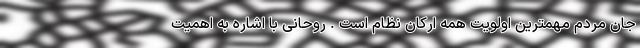
جان مردم مهمترین اولویت همه ارکان نظام است . روحانی با اشاره به اهمیت